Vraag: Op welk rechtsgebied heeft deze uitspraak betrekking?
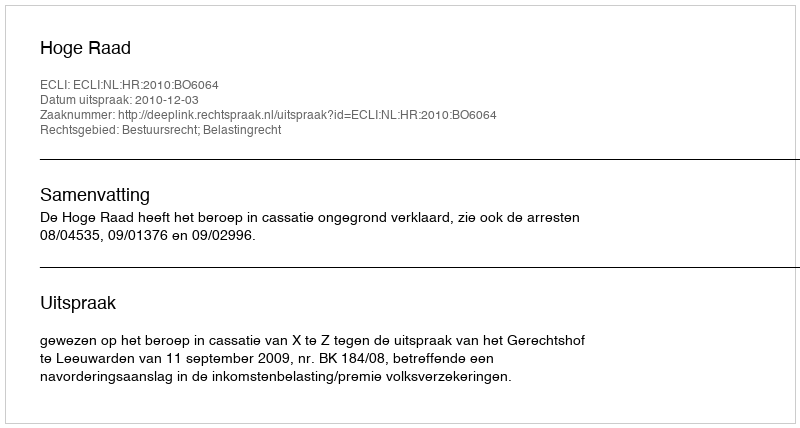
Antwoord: Bestuursrecht; Belastingrecht